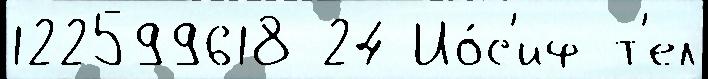
122599618 24 Ио́с'иф т'ел